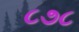
૮૭૮